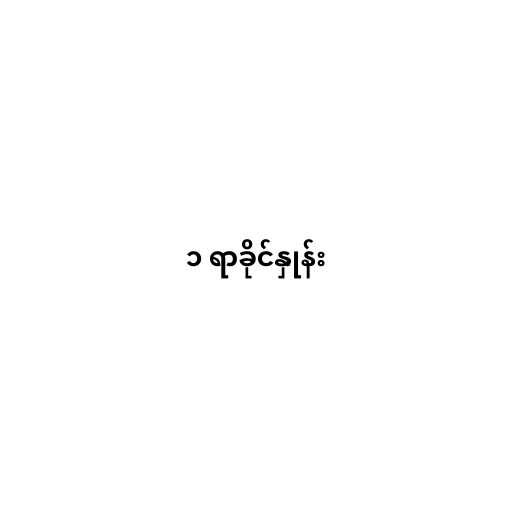
၁ ရာခိုင်နှုန်း